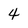
Character: 4